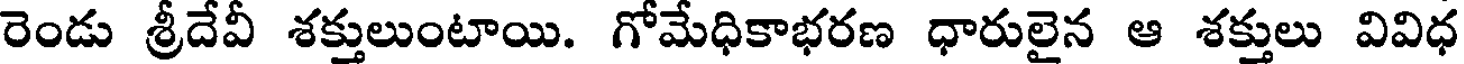
రెండు శ్రీదేవీ శక్తులుంటాయి. గోమేధికాభరణ ధారులైన ఆ శక్తులు వివిధ